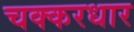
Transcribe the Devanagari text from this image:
चक्करधार